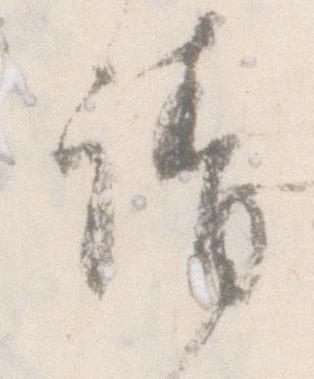
請